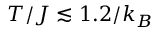
T / J \lesssim 1 . 2 / k _ { B }